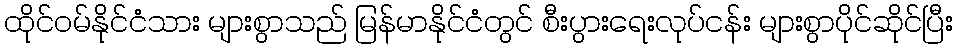
ထိုင်ဝမ်နိုင်ငံသား များစွာသည် မြန်မာနိုင်ငံတွင် စီးပွားရေးလုပ်ငန်း များစွာပိုင်ဆိုင်ပြီး